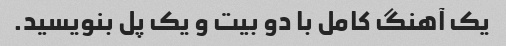
یک آهنگ کامل با دو بیت و یک پل بنویسید.